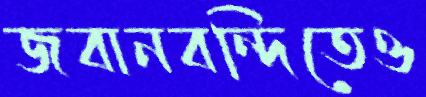
জবানবন্দিতেও